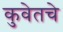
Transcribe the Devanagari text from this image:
कुवेतचे